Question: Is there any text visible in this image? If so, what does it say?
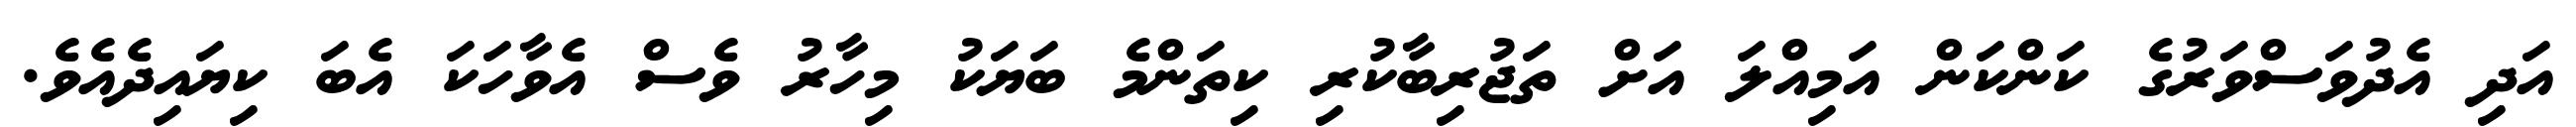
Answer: އަދި އެދުވަސްވަރުގެ ކަންކަން އަމިއްލަ އަށް ތަޖުރިބާކުރި ކިތަންމެ ބަޔަކު މިހާރު ވެސް އެވާހަކަ އެބަ ކިޔައިދެއެވެ.